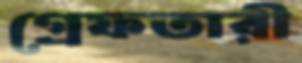
গ্রেফতারী